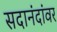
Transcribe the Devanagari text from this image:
सदानंदांवर